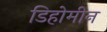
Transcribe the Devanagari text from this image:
डिहोमीन